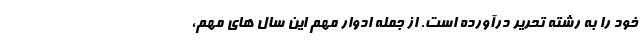
خود را به رشته تحریر درآورده است. از جمله ادوار مهم این سال های مهم،